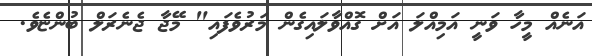
އަނެއް މީހާ ވަނީ އަމިއްލަ އަށް ގޮއްވާލައިގެން މަރުވެފައި" މޭޖާ ޖެނެރަލް ބުންޏެވެ.